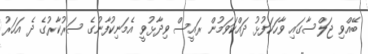
ބޭއްވި ޖަލްސާގައި ވާހަކަފުޅު ދައްކަވަމުން ރައީސް ވިދާޅުވީ އެމަނިކުފާނުގެ ސަރުކާރުގެ ދެ އަހަރު